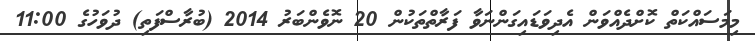
މިމަސައްކަތް ކޮށްދެއްވަން އެދިވަޑައިގަންނަވާ ފަރާތްތަކުން 20 ނޮވެންބަރު 2014 (ބުރާސްފަތި) ދުވަހުގެ 11:00